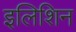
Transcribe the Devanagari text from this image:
इलिशिन